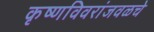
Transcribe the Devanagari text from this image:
कृष्णविवरांजवळचे